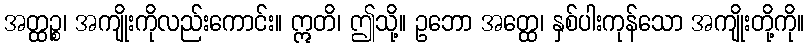
အတ္ထဉ္စ၊ အကျိုးကိုလည်းကောင်း။ ဣတိ၊ ဤသို့။ ဥဘော အတ္ထေ၊ နှစ်ပါးကုန်သော အကျိုးတို့ကို။